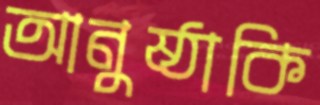
আনুষ্ঠাকি